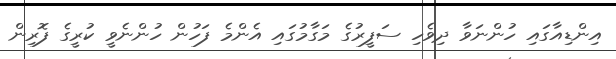
އިންޑިއާގައި ހުންނަވާ ދިވެހި ސަފީރުގެ މަގާމުގައި އެންމެ ފަހުން ހުންނެވީ ކުރީގެ ފޮރިން